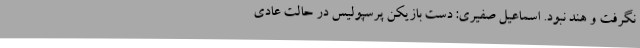
نگرفت و هند نبود. اسماعیل صفیری: دست بازیکن پرسپولیس در حالت عادی